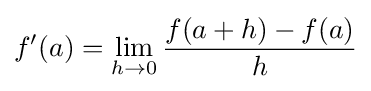
f'(a)=\lim _{h\to 0}{\frac {f(a+h)-f(a)}{h}}